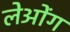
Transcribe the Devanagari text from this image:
लेओंग